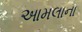
આમલાના